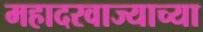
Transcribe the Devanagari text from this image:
महादरवाज्याच्या